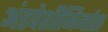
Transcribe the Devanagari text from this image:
अंडपेशीनिर्माता